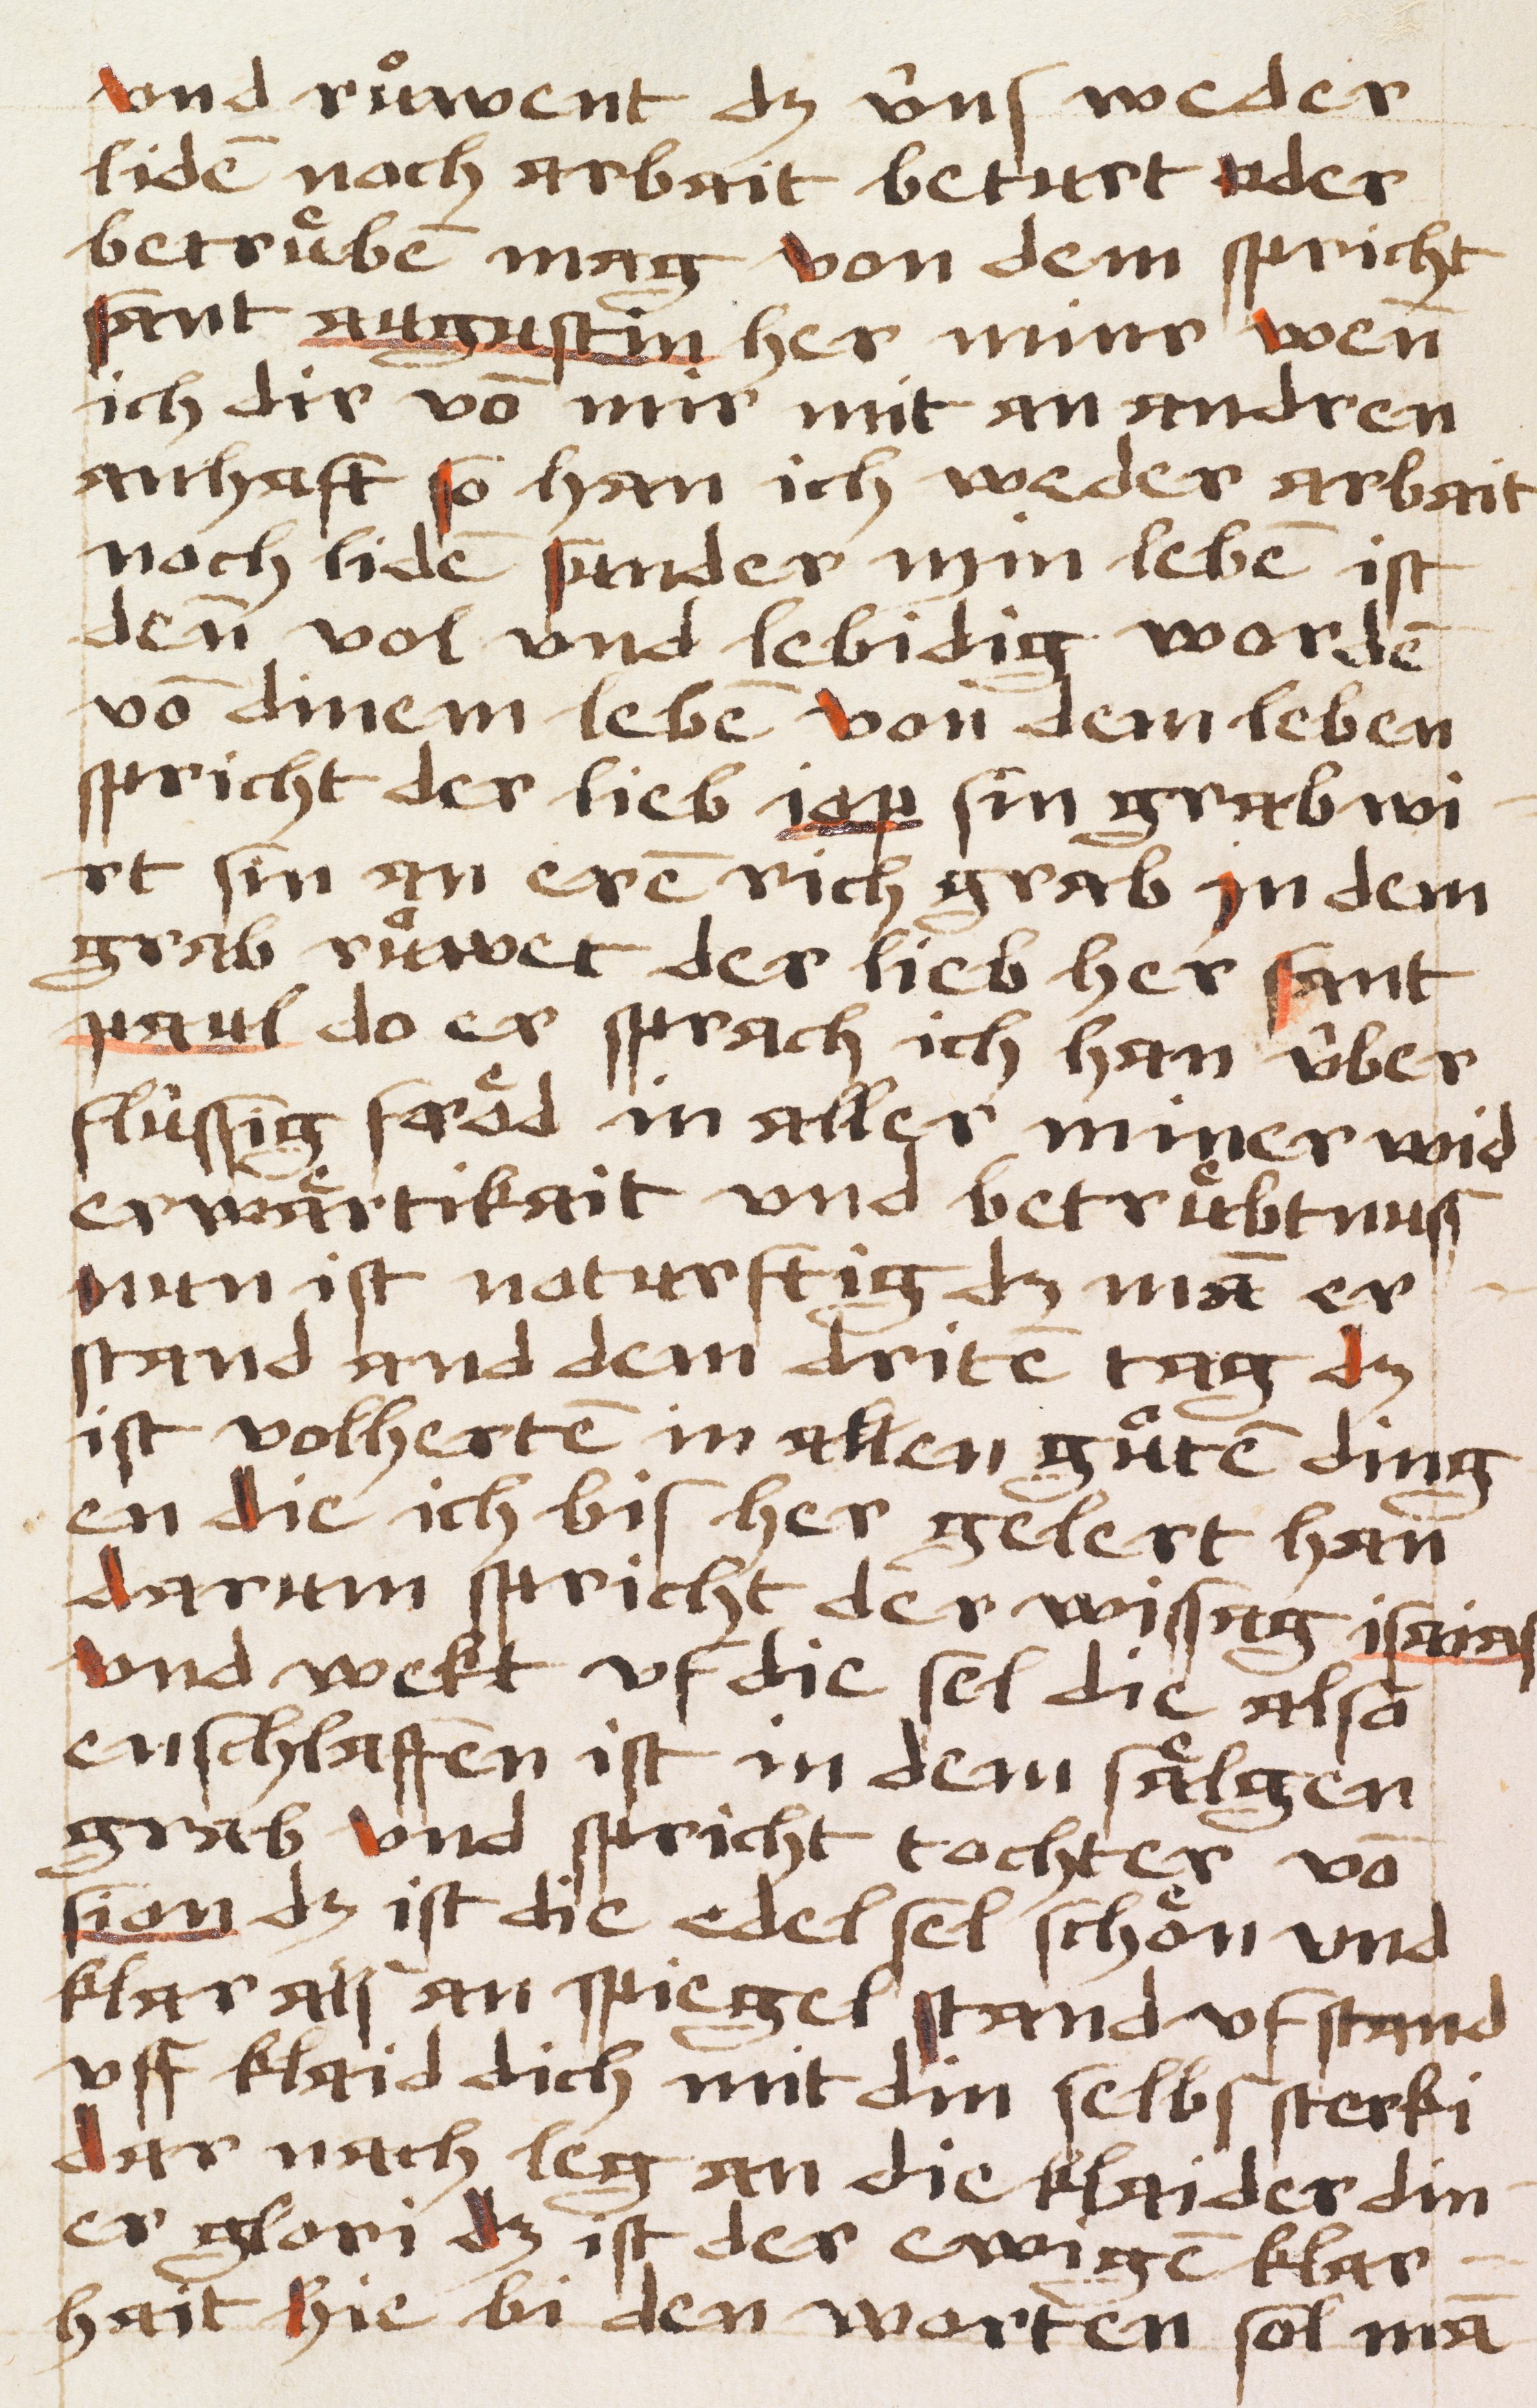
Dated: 1484–1484